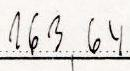
163,64